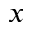
x